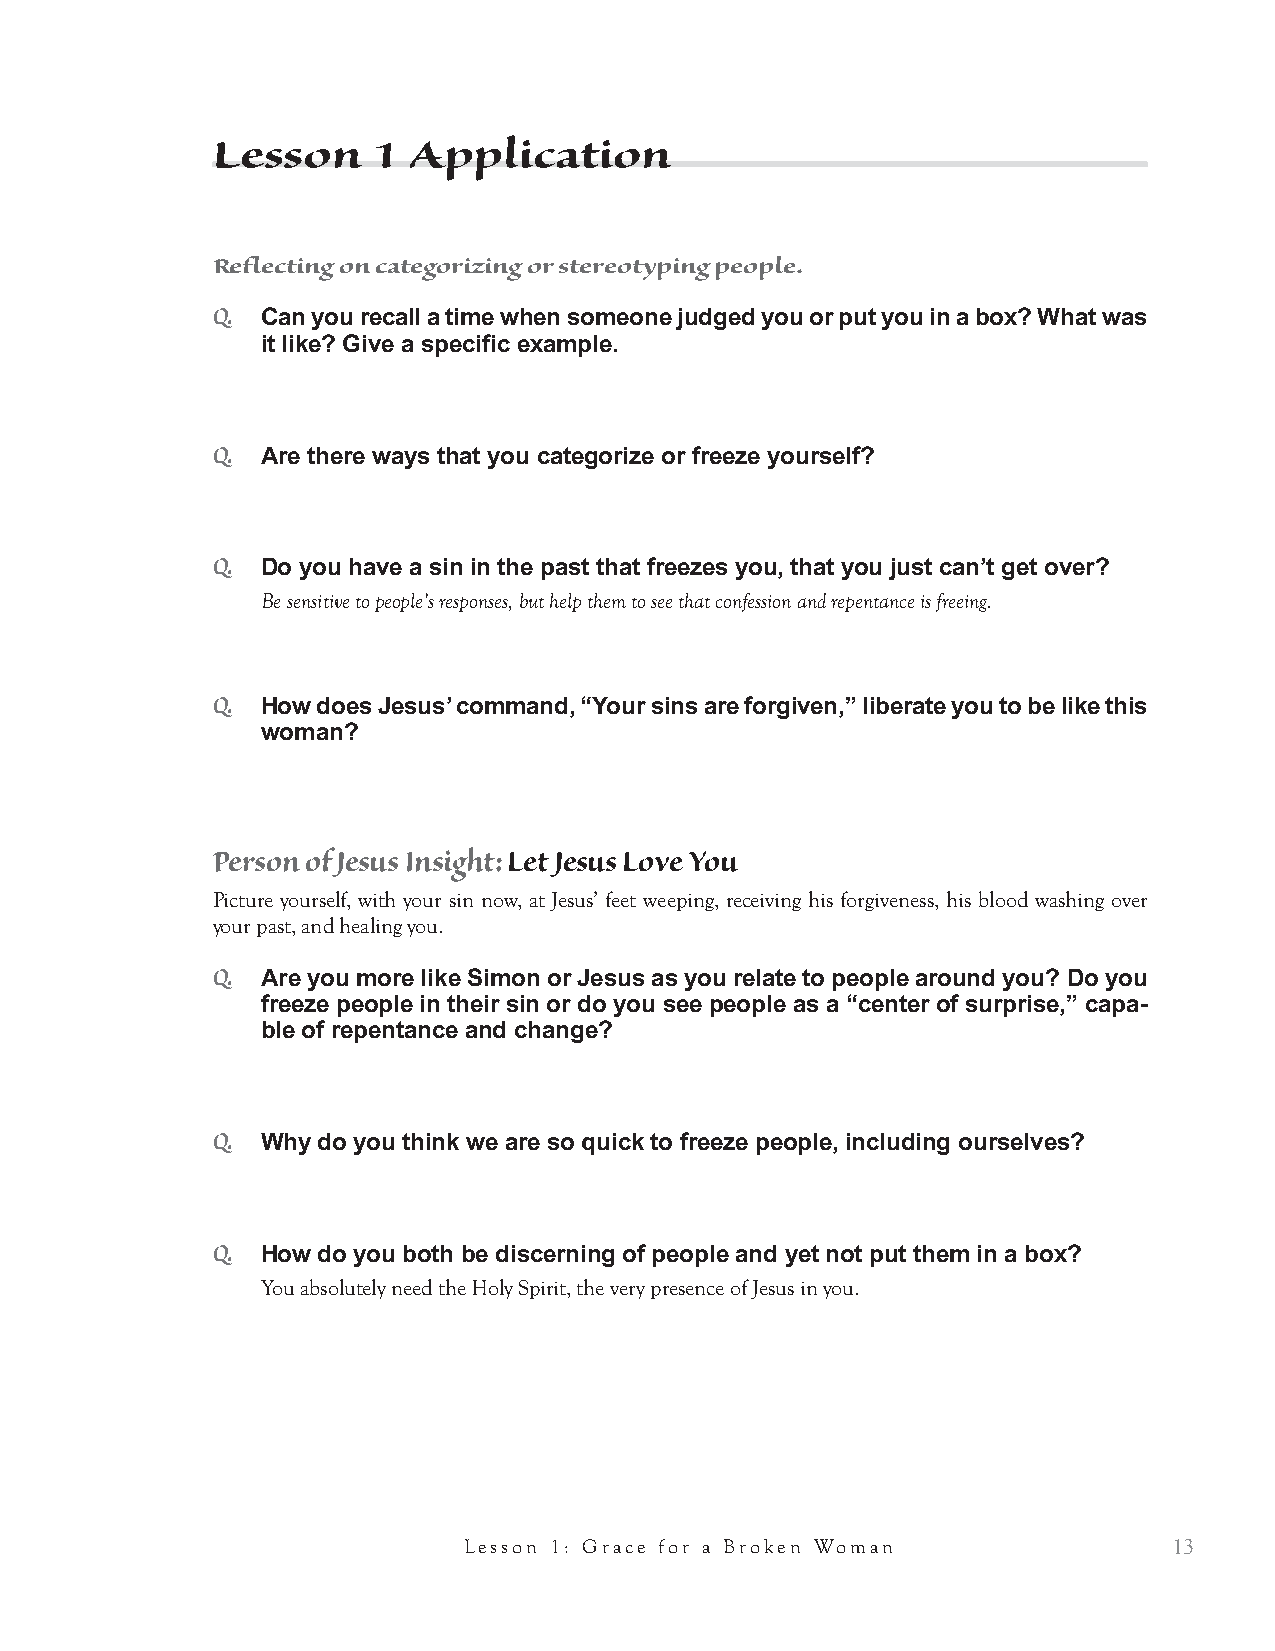
Q.
 Have you ever noticed that it is hard to receive love? Why do you think that is?
 To receive love requires openness, vulnerability, a complete absence of self-protection.
 Q12.
 What is the difference between Jesus’ view of purity or holiness, and Simon’s
 view?
 Use the questions below to draw out some of the answers in the chart.
 They are radically different.
 Q.
 What are their different views of how to relate to bad or impure people?
 Q.
 How does a holy person act around unholy people?
 Q.
 Are people capable of change?
 SIMON                    JESUS
 Outward Purity          Inward purity
 Keeping away from bad people Moving towards needy people
 Legalism, law-only centered Beautiful blend of grace and law
 Put people in a box     People are capable of change
 Trapped by your former sin Freed by God’s grace
 Focus on past failure   Focus on present change
 Teach: Jesus’ View of the Person
 Simon’s view of the person was frozen. The sinful woman was defined by her sinfulness. In contrast,
 Jesus treats her (and us) with dignity by leaving space for us to emerge. He doesn’t overwhelm our per-
 sonhood. He respects our dignity.
 5. Jesus’ Silence                                       15 mins
 Q.
 In this first scene, before Jesus tells the parable, do we know for sure what
 Jesus’ attitude is towards the woman?
 No, we don’t.
 Q.
 Why don’t we know?
 Because Jesus is silent. He doesn’t say anything. He just silently receives her. Luke doesn’t say anything
 about Jesus responding to her verbally.
 Q13.
 What is the effect of Jesus’ silence? That is, if you were one of the disciples with
 Jesus, how are you feeling? What questions are on your mind as the woman
 washes Jesus’ feet?
 ● Bottom line, it is very awkward.
 10            Grace Through the Eyes of Jesus Interactive Bible Study